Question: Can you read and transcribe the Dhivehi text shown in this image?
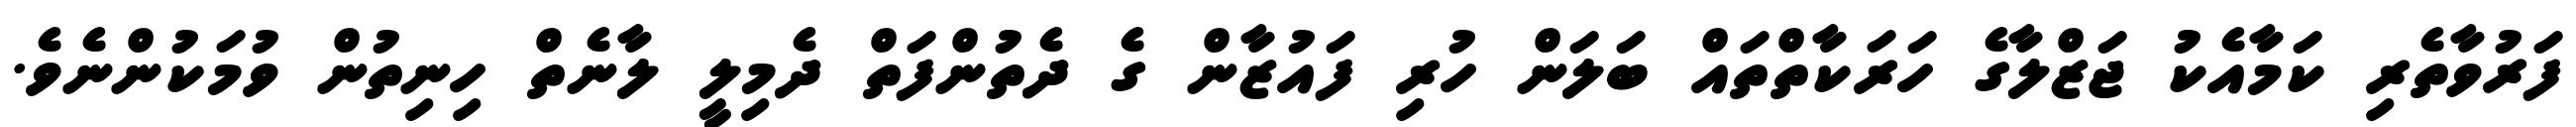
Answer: ފަރުވާތެރި ކަމާއެކު ޖަޒްލާގެ ހަރަކާތްތައް ބަލަން ހުރި ފައުޒާން ގެ ދެތުންފަތް ދެމިލީ ލާނެތް ހިނިތުން ވުމަކުންނެވެ.